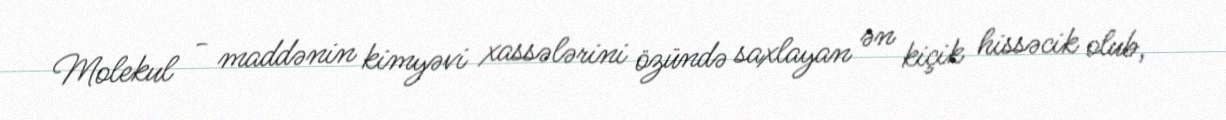
Molekul - maddənin kimyəvi xassələrini özündə saxlayan ən kiçik hissəcik olub,